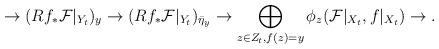
LaTeX: \begin{align*}\to(Rf_*{\cal F}|_{Y_t})_y\to(Rf_*{\cal F}|_{Y_t})_{\bar \eta_y}\to\bigoplus_{z\in Z_t,f(z)=y}\phi_z({\cal F}|_{X_t},f|_{X_t})\to.\end{align*}